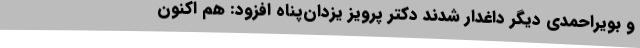
و بویراحمدی دیگر داغدار شدند دکتر پرویز یزدان‌پناه افزود: هم اکنون